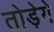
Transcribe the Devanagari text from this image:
तोड़ेगे